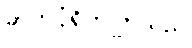
ဓာတ်ပုံရိုက်ကြသည်